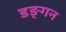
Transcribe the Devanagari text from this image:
डङ्गन